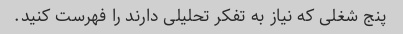
پنج شغلی که نیاز به تفکر تحلیلی دارند را فهرست کنید.